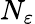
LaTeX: N_{\varepsilon}